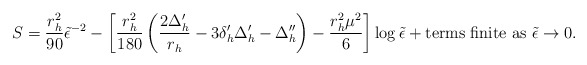
\begin{align*}S=\frac {r_{h}^{2}}{90} {\tilde {\epsilon }}^{-2}-\left[\frac {r_{h}^{2}}{180} \left( \frac {2\Delta _{h}'}{r_{h}} - 3\delta _{h}' \Delta _{h}'-\Delta _{h}'' \right) -\frac {r_{h}^{2}\mu ^{2}}{6} \right]\log {\tilde {\epsilon }} + {\mbox {terms finite as }}{\tilde {\epsilon }}\rightarrow 0 .\end{align*}